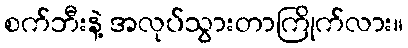
စက်ဘီးနဲ့ အလုပ်သွားတာကြိုက်လား။